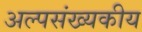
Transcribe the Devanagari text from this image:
अल्पसंख्यकीय